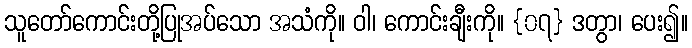
သူတော်ကောင်းတို့ပြုအပ်သော အသံကို။ ဝါ၊ ကောင်းချီးကို။ {၀၇} ဒတွာ၊ ပေး၍။